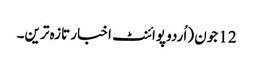
12 جون (اُردو پوائنٹ اخبار تازہ ترین۔